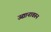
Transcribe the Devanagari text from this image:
उद्यानावरून